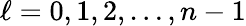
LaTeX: \ell=0,1,2,\dots,n-1